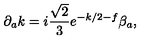
\partial _ { a } k = i \frac { \sqrt { 2 } } { 3 } e ^ { - k / 2 - f } \beta _ { a } ,